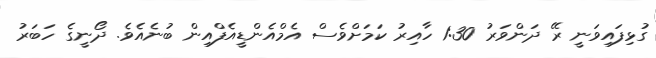
ގުޅިފައިވަނީ ރޭ ދަންވަރު 1:30 ހާއިރު ކަމަށްވެސް އެމްއެންޑީއެފްއިން ބުނެއެވެ. ދޯނީގެ ހަބަރު